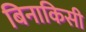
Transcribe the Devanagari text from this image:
बिनाकिसी